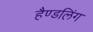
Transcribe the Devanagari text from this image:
हैण्डलिंग